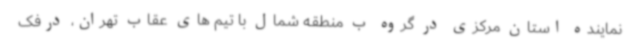
نماینده استان مرکزی در گروه ب منطقه شمال با تیم های عقاب تهران، درفک